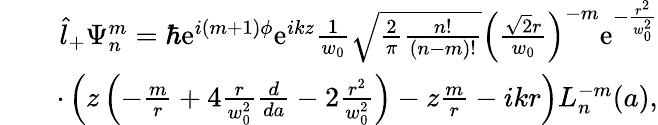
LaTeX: \begin{array}{rlr}&{}&{\hat{l}_{+}\Psi_{n}^{m}=\hbar\mathrm{e}^{i(m+1)\phi}\mathrm{e}^{ikz}\frac{1}{w_{0}}\sqrt{\frac{2}{\pi}\frac{n!}{(n-m)!}}\left(\frac{\sqrt{2}r}{w_{0}}\right)^{-m}\mathrm{e}^{-\frac{r^{2}}{w_{0}^{2}}}}\\ &{}&{\cdot\left(z\left(-\frac{m}{r}+4\frac{r}{w_{0}^{2}}\frac{d}{da}-2\frac{r^{2}}{w_{0}^{2}}\right)-z\frac{m}{r}-ikr\right)L_{n}^{-m}(a),}\end{array}